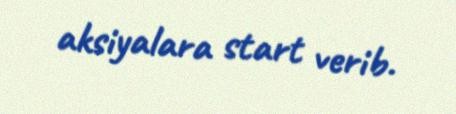
aksiyalara start verib.